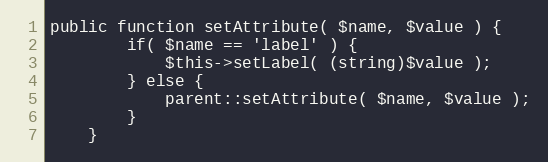
Language: PHP
public function setAttribute( $name, $value ) {
        if( $name == 'label' ) {
            $this->setLabel( (string)$value );
        } else {
            parent::setAttribute( $name, $value );
        }
    }